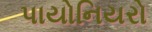
પાયોનિયરો